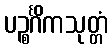
ပဉ္စင်္ဂိကသုတ္တံ